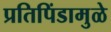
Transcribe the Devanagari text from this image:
प्रतिपिंडामुळे